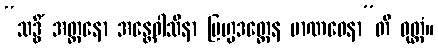
“သဒ္ဓိံ အတ္တနော အန္တေဝါသိနာ ဗြဟ္မဒတ္တေန မာဏဝေနာ”တိ ဝုတ္တံ။